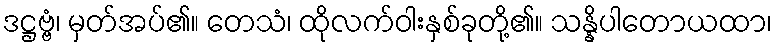
ဒဋ္ဌဗ္ဗံ၊ မှတ်အပ်၏။ တေသံ၊ ထိုလက်ဝါးနှစ်ခုတို့၏။ သန္နိပါတောယထာ၊